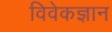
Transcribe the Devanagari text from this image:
विवेकज्ञान